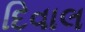
દિવાલ